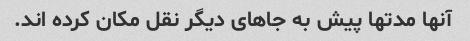
آنها مدتها پیش به جاهای دیگر نقل مکان کرده اند.